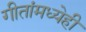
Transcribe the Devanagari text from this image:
गीतांमध्येही